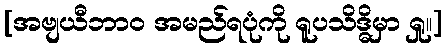
[အဗျယီဘာဝ အမည်ရပုံကို ရူပသိဒ္ဓိမှာ ရှု။]